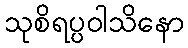
သုစိရပ္ပဝါသိနော